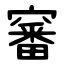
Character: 䆺